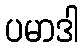
ပမာဒါ